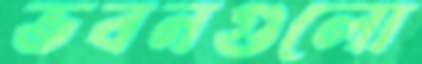
ভবনগুলো